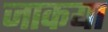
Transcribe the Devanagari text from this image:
जाकया